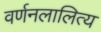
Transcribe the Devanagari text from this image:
वर्णनलालित्य